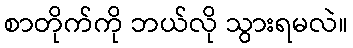
စာတိုက်ကို ဘယ်လို သွားရမလဲ။